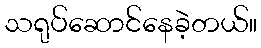
သရုပ်ဆောင်နေခဲ့တယ်။